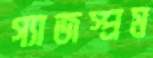
গ্যাজস্প্রম